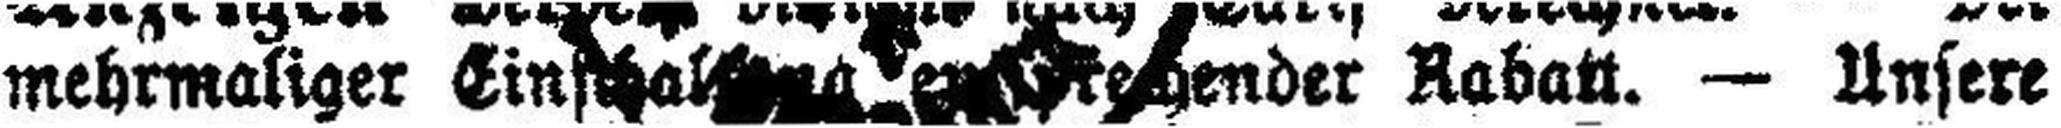
mehrmaliger Einschal### ###ender Rabatt. — Ansere